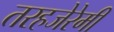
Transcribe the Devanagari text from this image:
तरहजेरेमी